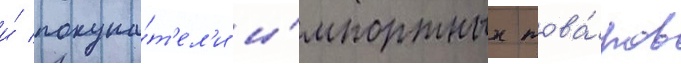
и́ покупа́т'ел'и и́мпортных това́ров